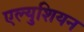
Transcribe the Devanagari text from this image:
एल्युशियन